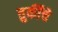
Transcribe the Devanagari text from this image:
तुर्कींचे